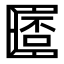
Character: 𠥧